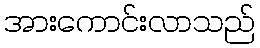
အားကောင်းလာသည်